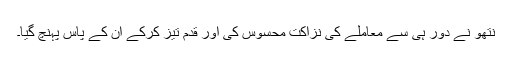
نتھو نے دُور ہی سے معاملے کی نزاکت محسوس کی اور قدم تیز کرکے اُن کے پاس پہنچ گیا۔